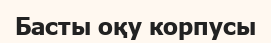
Басты оқу корпусы